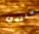
داندي